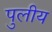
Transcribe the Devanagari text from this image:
पुलीय